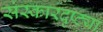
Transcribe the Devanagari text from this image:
संस्कारदृष्ट्या